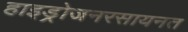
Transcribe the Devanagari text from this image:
हाइड्रोजनरसायनत